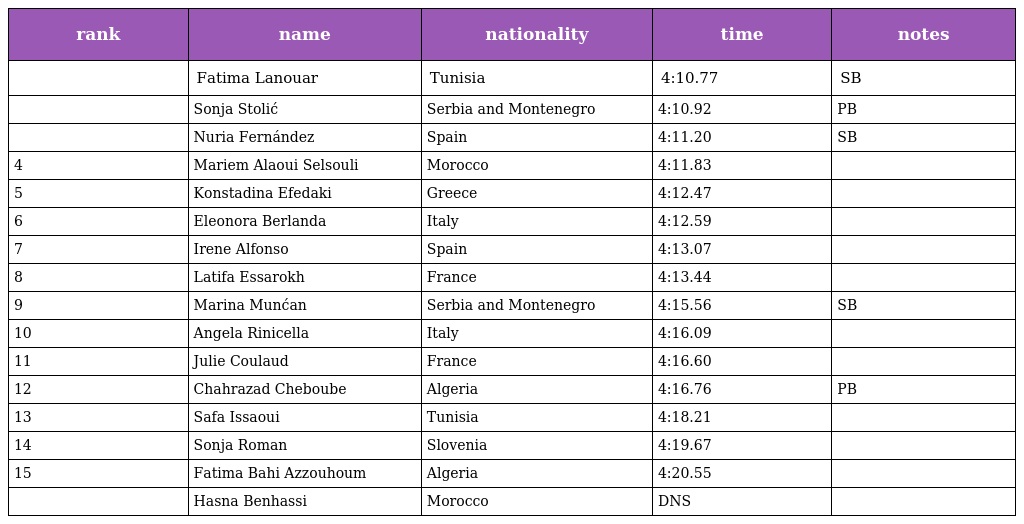
| rank | name | nationality | time | notes |
 | --- | --- | --- | --- | --- |
 |  | Fatima Lanouar | Tunisia | 4:10.77 | SB |
 |  | Sonja Stolić | Serbia and Montenegro | 4:10.92 | PB |
 |  | Nuria Fernández | Spain | 4:11.20 | SB |
 | 4 | Mariem Alaoui Selsouli | Morocco | 4:11.83 |  |
 | 5 | Konstadina Efedaki | Greece | 4:12.47 |  |
 | 6 | Eleonora Berlanda | Italy | 4:12.59 |  |
 | 7 | Irene Alfonso | Spain | 4:13.07 |  |
 | 8 | Latifa Essarokh | France | 4:13.44 |  |
 | 9 | Marina Munćan | Serbia and Montenegro | 4:15.56 | SB |
 | 10 | Angela Rinicella | Italy | 4:16.09 |  |
 | 11 | Julie Coulaud | France | 4:16.60 |  |
 | 12 | Chahrazad Cheboube | Algeria | 4:16.76 | PB |
 | 13 | Safa Issaoui | Tunisia | 4:18.21 |  |
 | 14 | Sonja Roman | Slovenia | 4:19.67 |  |
 | 15 | Fatima Bahi Azzouhoum | Algeria | 4:20.55 |  |
 |  | Hasna Benhassi | Morocco | DNS |  |